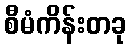
စီမံကိန်းတခု